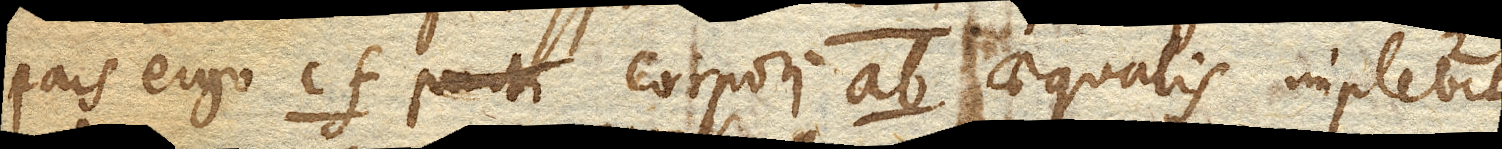
Pars ergo cf. parti corpori ab. aequalis implebit